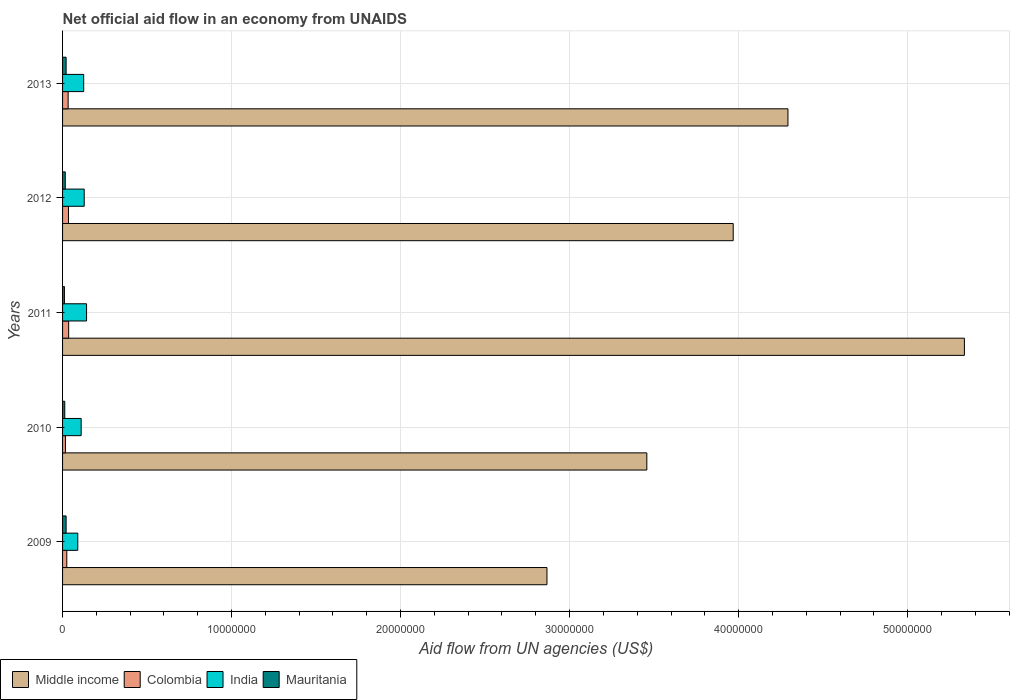
| Years | Middle income | Colombia | India | Mauritania |
 | --- | --- | --- | --- | --- |
 | 2009 | 2.87e+07 | 2.5e+05 | 9e+05 | 2.1e+05 |
 | 2010 | 3.46e+07 | 1.7e+05 | 1.1e+06 | 1.3e+05 |
 | 2011 | 5.34e+07 | 3.6e+05 | 1.42e+06 | 1.1e+05 |
 | 2012 | 3.97e+07 | 3.5e+05 | 1.28e+06 | 1.6e+05 |
 | 2013 | 4.29e+07 | 3.3e+05 | 1.25e+06 | 2.1e+05 |